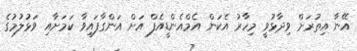
އޭނާ އިތުރަށް ވިދާޅުވީ މިހާރު އެކަން އެމްއެންޑީއެފް އަށް އަންގާފައިވާ ކަމަށާއި ވަޅުލުމުގެ